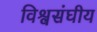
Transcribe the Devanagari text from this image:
विश्वसंघीय